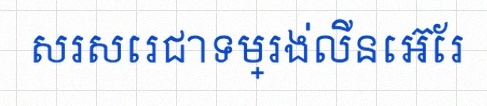
សរសេរជាទម្រង់លីនេអ៊ែរ